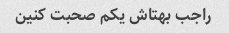
راجب بهتاش یکم صحبت کنین